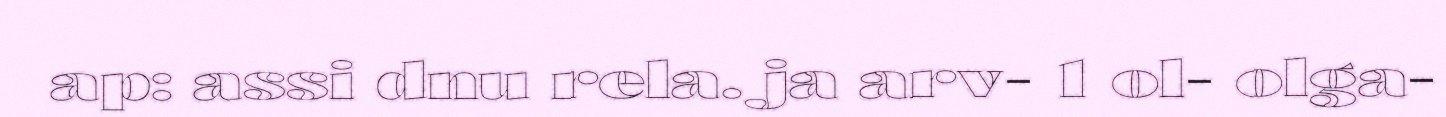
ap: assi dnu rela. ja arv- 1 ol- olga-